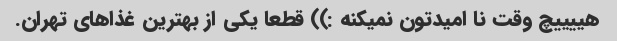
هییییچ وقت نا امیدتون نمیکنه ‌:)) قطعا یکی از بهترین غذاهای تهران.